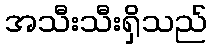
အသီးသီးရှိသည်